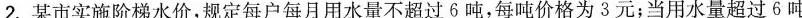
2.某市实施阶梯水价，规定每户每月用水量不超过6吨，每吨价格为3元：当用水量超过6吨